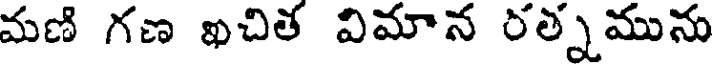
మణి గణ ఖచిత విమాన రత్నమును